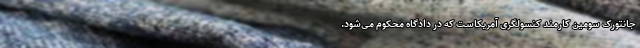
جانتورک سومین کارمند کنسولگری آمریکاست که در دادگاه محکوم می‌شود.